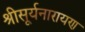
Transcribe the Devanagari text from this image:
श्रीसूर्यनारायण